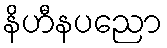
နိဟီနပညော